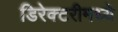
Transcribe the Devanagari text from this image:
डिरेक्टरीमध्ये